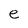
Character: e